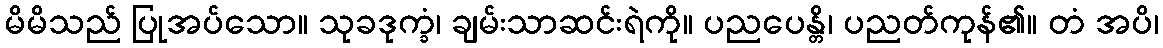
မိမိသည် ပြုအပ်သော။ သုခဒုက္ခံ၊ ချမ်းသာဆင်းရဲကို။ ပညပေန္တိ၊ ပညတ်ကုန်၏။ တံ အပိ၊